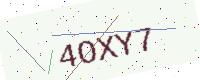
Text: 4OXY7